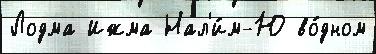
Лодма Ижма Нал'и́м-Ю во́дном